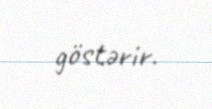
göstərir.